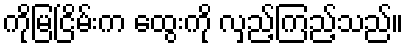
ကိုမြငြိမ်းက ထွေးကို လှည့်ကြည့်သည်။